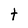
Character: t